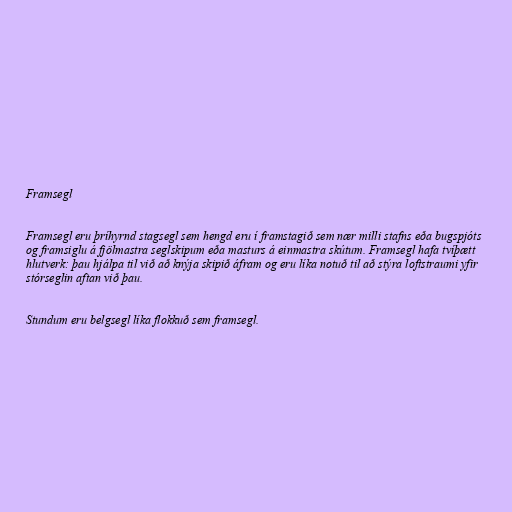
Framsegl

Framsegl eru þríhyrnd stagsegl sem hengd eru í framstagið sem nær milli stafns eða bugspjóts
og framsiglu á fjölmastra seglskipum eða masturs á einmastra skútum. Framsegl hafa tvíþætt
hlutverk: þau hjálpa til við að knýja skipið áfram og eru líka notuð til að stýra loftstraumi yfir
stórseglin aftan við þau.

Stundum eru belgsegl líka flokkuð sem framsegl.